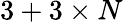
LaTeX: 3+3\times N